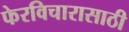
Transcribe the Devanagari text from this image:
फेरविचारासाठी